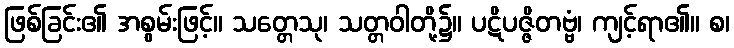
ဖြစ်ခြင်း၏ အစွမ်းဖြင့်။ သတ္တေသု၊ သတ္တဝါတို့၌။ ပဋိပဇ္ဇိတဗ္ဗံ၊ ကျင့်ရာ၏။ စ၊